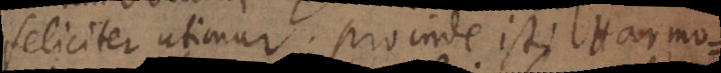
feliciter utimur. Proinde isti Harmo